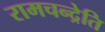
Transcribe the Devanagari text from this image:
रामचन्द्रेति